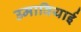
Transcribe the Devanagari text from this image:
उमावियाई